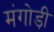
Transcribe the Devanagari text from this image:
मंगोड़ी